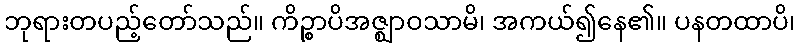
ဘုရားတပည့်တော်သည်။ ကိဉ္စာပိအဇ္ဈာဝသာမိ၊ အကယ်၍နေ၏။ ပနတထာပိ၊